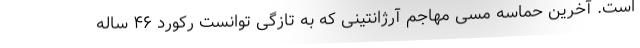
است. آخرین حماسه مسی مهاجم آرژانتینی که به تازگی توانست رکورد ۴۶ ساله